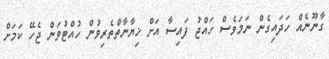
ގާނޫނެއް ހަދައިގެން ނަމަވެސް ހައްޖު ފައިސާ އަށް ޚިޔާނާތްތެރިވުން ހުއްޓުވަން ޖެހޭ ކަމަށް